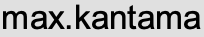
max.kantama